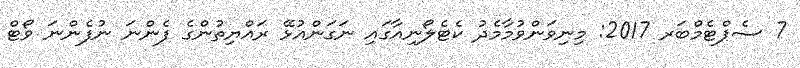
7 ސެޕްޓެމްބަރ 2017: މިނިވަންވުމާމެދު ކެޓެލޯނިއާގައި ނަގަންއުޅޭ ރައްޔިތުންގެ ފެންނަ ނުފެންނަ ވޯޓް